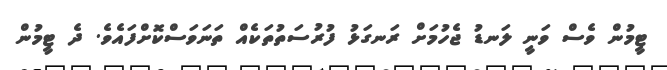
ޓީމުން ވެސް ވަނީ ލަނޑު ޖެހުމަށް ރަނގަޅު ފުރުސަތުތަކެއް ތަނަވަސްކޮށްފައެވެ. ދެ ޓީމުން